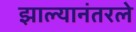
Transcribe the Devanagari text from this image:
झाल्यानंतरले